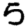
Digit: 5